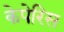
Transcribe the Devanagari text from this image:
केपेरिस